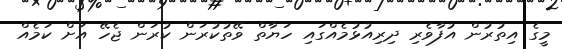
މީގެ އިތުރުން އުފާވެރި ދިރިއުޅުމެއްގައި ހަޔާތް ވޭތުކުރަން ކުރަން ޖެހޭ އަށް ކަމެއް